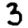
Digit: 3